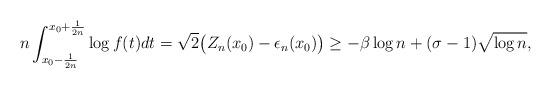
LaTeX: \begin{align*}n \int_{x_0-\frac{1}{2n}}^{x_0+\frac{1}{2n}} \log f(t) dt = \sqrt{2}\big(Z_n(x_0) - \epsilon_n (x_0)\big) \geq -\beta \log n + (\sigma-1) \sqrt{\log n} ,\end{align*}